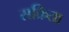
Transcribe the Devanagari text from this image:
सक्रिता